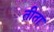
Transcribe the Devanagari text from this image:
तीता